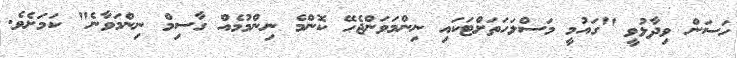
ހަސަން ވިދާޅުވީ "ގައުމީ މަސްލަހަތަށްޓަކައި ނިންމަވަންޖެހޭ ކޮންމެ ނިންމުމެއް ގާސިމް ނިންމަވާނެ" ކަމަށެވެ.